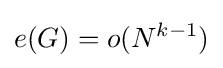
e(G)=o(N^{k-1})